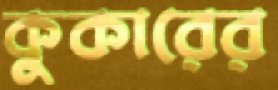
কুকারের